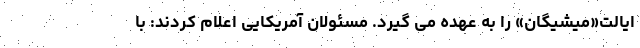
ایالت«میشیگان» را به عهده می گیرد. مسئولان آمریکایی اعلام کردند: با